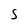
Character: S